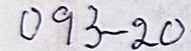
093 - 20